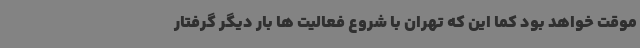
موقت خواهد بود کما این که تهران با شروع فعالیت ها بار دیگر گرفتار